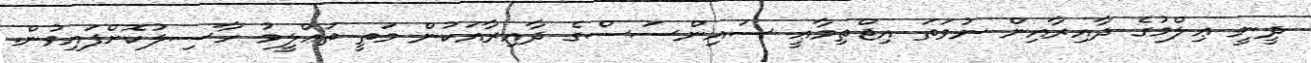
ދީނީ ޢިލްމުގެ ދާއިރާއިން ނުވަތަ އިޖްތިމާޢީ ސައިންސަސްގެ ދާއިރާއަކުން މަތީ ތަޢްލީމު ހާސިލުކޮށްފައިވުން.